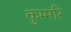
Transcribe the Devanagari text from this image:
कुम्मरि